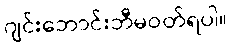
ဂျင်းဘောင်းဘီမဝတ်ရပါ။